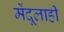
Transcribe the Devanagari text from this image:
मेंदूलाही